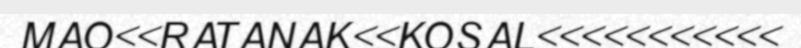
MAO<<RATANAK<<KOSAL<<<<<<<<<<<